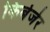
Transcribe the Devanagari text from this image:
किर्बर्जर